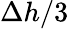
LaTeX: \Delta h/3